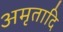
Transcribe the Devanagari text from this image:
अमृतादि